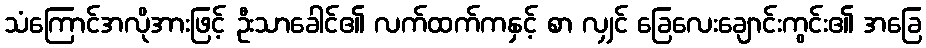
သံကြောင်အလိုအားဖြင့် ဦးသာခေါင်၏ လက်ထက်ကနှင့် စာ လျှင် ခြေလေးချောင်းကွင်း၏ အခြေ